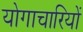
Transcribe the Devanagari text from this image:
योगाचारियों